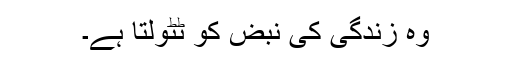
وہ زندگی کی نبض کو ٹٹولتا ہے۔